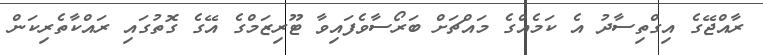
ރާއްޖޭގެ އިގްތިސާދު އެ ކަމެއްގެ މައްޗަށް ބަރޯސާވެފައިވާ ޓޫރިޒަމްގެ އޭގެ ގޮތުގައި ރައްކާތެރިކަން